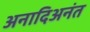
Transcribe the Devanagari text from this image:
अनादिअनंत